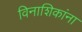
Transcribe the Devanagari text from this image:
विनाशिकांना